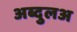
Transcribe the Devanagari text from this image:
अब्दुलअ